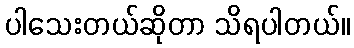
ပါသေးတယ်ဆိုတာ သိရပါတယ်။